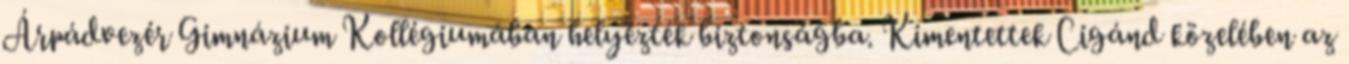
Árpádvezér Gimnázium Kollégiumában helyezték biztonságba. Kimentettek Cigánd közelében az